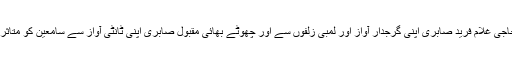
بڑے بھائی حاجی غلام فرید صابری اپنی گرجدار آواز اور لمبی زُلفوں سے اور چھوٹے بھائی مقبول صابری اپنی ٹانٹی آواز سے سامعین کو متاثر کرنے لگے۔